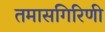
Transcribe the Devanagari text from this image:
तमासगिरिणी